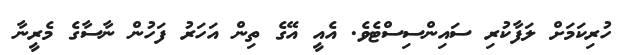
ހުރިކަމަށް ލަފާކުރި ސައިންސިސްޓެވެ. އެއީ އޭގެ ތިން އަހަރު ފަހުން ނާސާގެ މެރީނާ